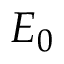
E _ { 0 }